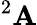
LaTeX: ^2\mathbf{A}